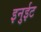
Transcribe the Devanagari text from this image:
इनुईट